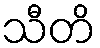
သီတိ